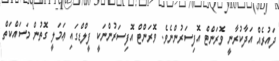
ދައުރެއް އަދާކުރާނީ ވޮރަންޓް އޮފިސަރުންނެވެ. ވޮރަންޓް އޮފިސަރުންނަކީ ފީލްޑްގައި ޢަމަލީ ގޮތުން މަސައްކަތް